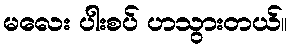
မလေး ပါးစပ် ဟသွားတယ်။